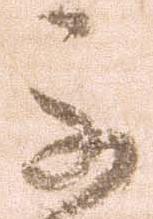
不